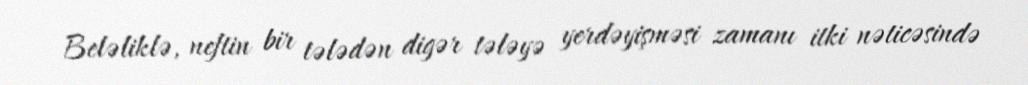
Beləliklə, neftin bir tələdən digər tələyə yerdəyişməsi zamanı itki nəticəsində